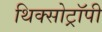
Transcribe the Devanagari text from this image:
थिक्सोट्रॉपी